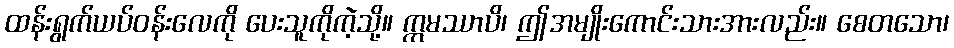
ထန်းရွက်ယပ်ဝန်းလေကို ပေးသူကိုကဲ့သို့။ ဣမဿာပိ၊ ဤအမျိုးကောင်းသားအားလည်း။ စေတသော၊